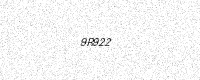
Text: 9R922